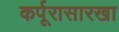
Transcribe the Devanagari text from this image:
कर्पूरासारखा